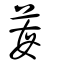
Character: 莓